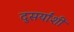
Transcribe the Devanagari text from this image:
दुसर्यांशी